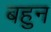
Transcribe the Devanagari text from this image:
बहुन